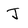
Character: J